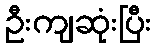
ဦးကျဆုံးပြီး